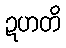
ဍဟတိ